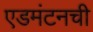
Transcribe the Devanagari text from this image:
एडमंटनची